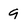
Character: 9